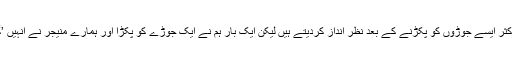
ایئرہوسٹس نے بتایا کہ ”اگرچہ ہم اکثر ایسے جوڑوں کو پکڑنے کے بعد نظر انداز کردیتے ہیں لیکن ایک بار ہم نے ایک جوڑے کو پکڑا اور ہمارے منیجر نے انہیں ’گارڈ آف آنر‘ دینے کا فیصلہ کر لیا۔